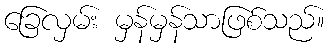
ခြေလှမ်း မှန်မှန်သာဖြစ်သည်။